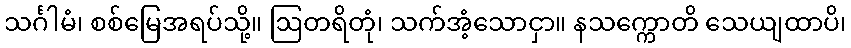
သင်္ဂါမံ၊ စစ်မြေအရပ်သို့။ ဩတရိတုံ၊ သက်အံ့သောငှာ။ နသက္ကောတိ သေယျထာပိ၊